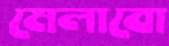
মেলাবো